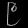
Digit: ၉